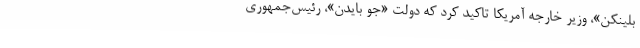
بلینکن»، وزیر خارجه آمریکا تاکید کرد که دولت «جو بایدن»، رئیس‌جمهوری